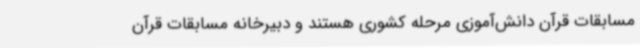
مسابقات قرآن دانش‌آموزی مرحله کشوری هستند و دبیرخانه مسابقات قرآن